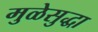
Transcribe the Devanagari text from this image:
मुळेसुद्धा